Lunatic asylums Central Provinces reports 1910-1926 - 1910-1926
Year: 1910
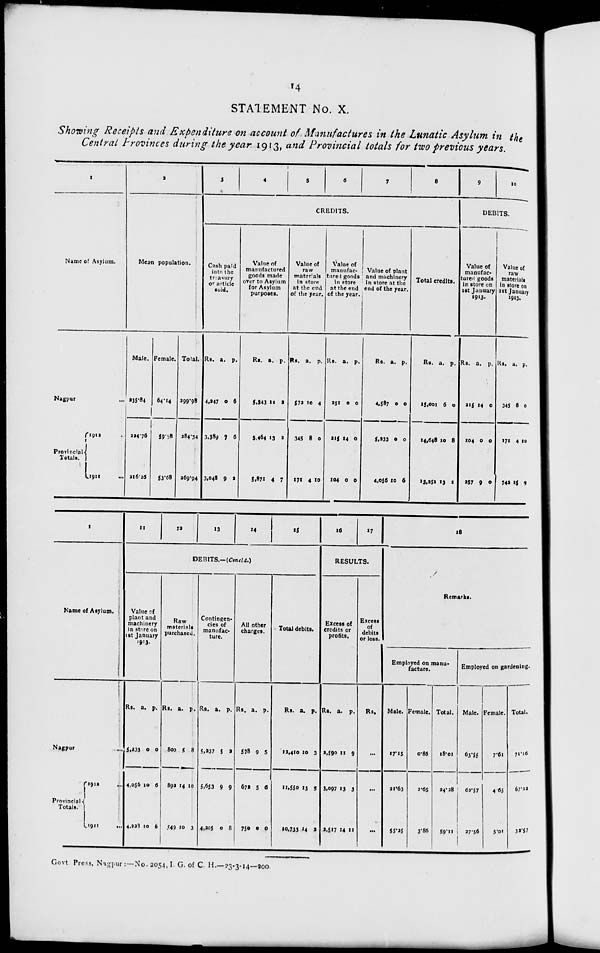
14
STATEMENT No. X.
Showing Receipts and Expenditure on account of Manufactures in the Lunatic Asylum in the
Central Provinces during the year 1913, and Provincial totals for two previous years.
1
Name of Asylum.
Nagpur ...
Provincial
Totals.
1912
1911
2
Mean population.
Male.
235.84
224.76
216.26
Female.
64.14
59.58
53.68
Total.
299.98
284.34
269.94
3
4
5
6
7
8
CREDITS.
Cash paid
into the
treasury
or article
sold.
Rs.
4,247
3,389
3,048
a.
0
1
9
p.
6
6
2
Value of
manufactured
goods made
over to Asylum
for Asylum
purposes.
Rs.
5,343
5,464
5,871
a.
11
13
4
p.
2
2
7
Value of
raw
materials
in store
at the end
of the year.
Rs.
572
345
171
a.
10
8
4
p.
4
0
10
Value of
manufac-
tured goods
in store
at the end
of the year.
Rs.
251
215
104
a.
0
14
0
p.
0
0
0
Value of plant
and machinery
in store at the
end of the year.
Rs.
4,587
5,233
4,056
a.
0
0
10
p.
0
0
6
Total credits.
Rs.
15,001
14,648
13,251
a.
6
10
13
p.
0
8
1
9
10
DEBITS.
Value of
manufac-
tured goods
in store on
1st January
1913.
Rs.
215
104
257
a.
14
0
9
p.
0
0
0
Value of
raw
materials
in store on
1st January
1913.
Rs.
345
171
742
a.
8
4
15
p.
0
10
9
1
Name of Asylum.
Nagpur ...
Provincial
Totals.
1912 ...
1911
...
11
12
13
14
15
DEBITS.— (Concld.)
Value of
plant and
machinery
in store on
1st January
1913.
Rs.
5,233
4,056
4,229
a.
0
10
10
p.
0
6
6
Raw
materials
purchased.
Rs.
800
892
549
a.
5
14
10
p.
8
10
3
Contingen-
cies of
manufac-
ture.
Rs.
5,237
5,653
4,205
a.
5
9
0
p.
2
9
8
All other
charges.
Rs.
578
672
750
a.
9
5
0
p.
5
6
0
Total debits.
Rs.
12,410
11,550
10,733
a.
10
13
14
p.
3
5
2
16
17
RESULTS.
Excess of
credits or
profits.
Rs.
2,590
3,097
2,517
a.
11
13
14
p.
9
3
11
Excess
of
debits
or loss.
Rs.
...
...
...
18
Remarks.
Employed on manu-
facture.
Male.
17.15
21.63
55.25
Female.
0.86
2.65
3.86
Total.
18.01
24.28
59.11
Employed on gardening.
Male.
63.55
62.57
27.56
Female.
7.61
4.65
5.01
Total.
71.16
67.22
32.57
Govt Press, Nagpur :—No. 2054, I. G. of C. H.—23-3-14—200.